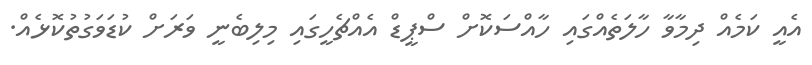
އެއީ ކަމެއް ދިމާވާ ހާލަތެއްގައި ހާއްސަކޮށް ސްޕީޑް އެއްޗެހީގައި މިލިބެނީ ވަރަށް ކުޑަވަގުތުކޮޅެއް.